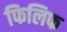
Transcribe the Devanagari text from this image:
फिलिफ